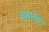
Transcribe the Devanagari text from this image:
इशान्येस